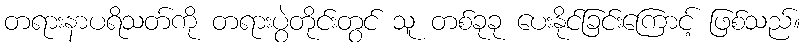
တရားနာပရိသတ်ကို တရားပွဲတိုင်းတွင် သူ တစ်ခုခု ပေးနိုင်ခြင်းကြောင့် ဖြစ်သည်။